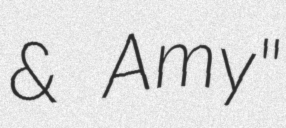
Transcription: & Amy"